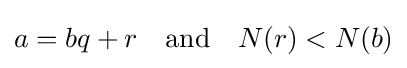
a=bq+r\quad {\text{and}}\quad N(r)<N(b)